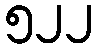
၅၂၂